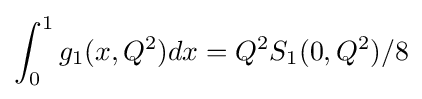
\int _{0}^{1}g_{1}(x,Q^{2})dx=Q^{2}S_{1}(0,Q^{2})/8